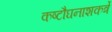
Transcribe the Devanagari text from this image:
कष्टौघनाशकर्त्रे